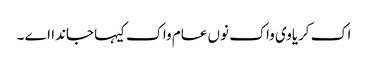
اک کریاوی واک نوں عام واک کیہا جاندا اے ۔